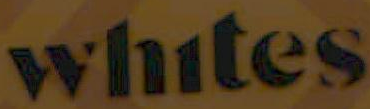
whites